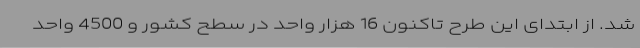
شد. از ابتدای این طرح تاکنون 16 هزار واحد در سطح کشور و 4500 واحد